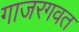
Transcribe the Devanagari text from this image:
गाजरगवत